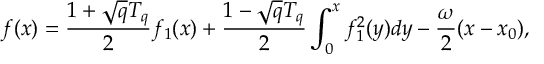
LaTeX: f ( x ) = { \frac { 1 + \sqrt { q } T _ { q } } { 2 } } f _ { 1 } ( x ) + { \frac { 1 - \sqrt { q } T _ { q } } { 2 } } \int _ { 0 } ^ { x } f _ { 1 } ^ { 2 } ( y ) d y - { \frac { \omega } { 2 } } ( x - x _ { 0 } ) ,